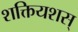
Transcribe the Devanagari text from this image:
शक्तियशस्